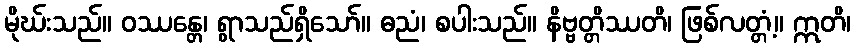
မိုဃ်းသည်။ ဝဿန္တေ၊ ရွာသည်ရှိသော်။ ဓညံ၊ စပါးသည်။ နိဗ္ဗတ္တိဿတိ၊ ဖြစ်လတ္တံ့။ ဣတိ၊